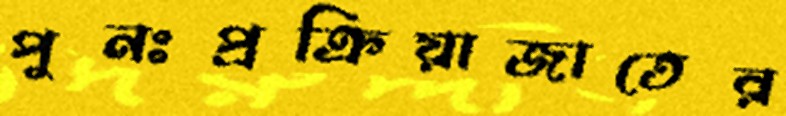
পুনঃপ্রক্রিয়াজাতের